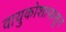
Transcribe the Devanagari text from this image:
वायुकोशापासून